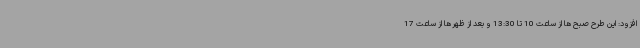
افزود: این طرح صبح‌ها از ساعت 10 تا 13:30 و بعد از ظهرها از ساعت 17